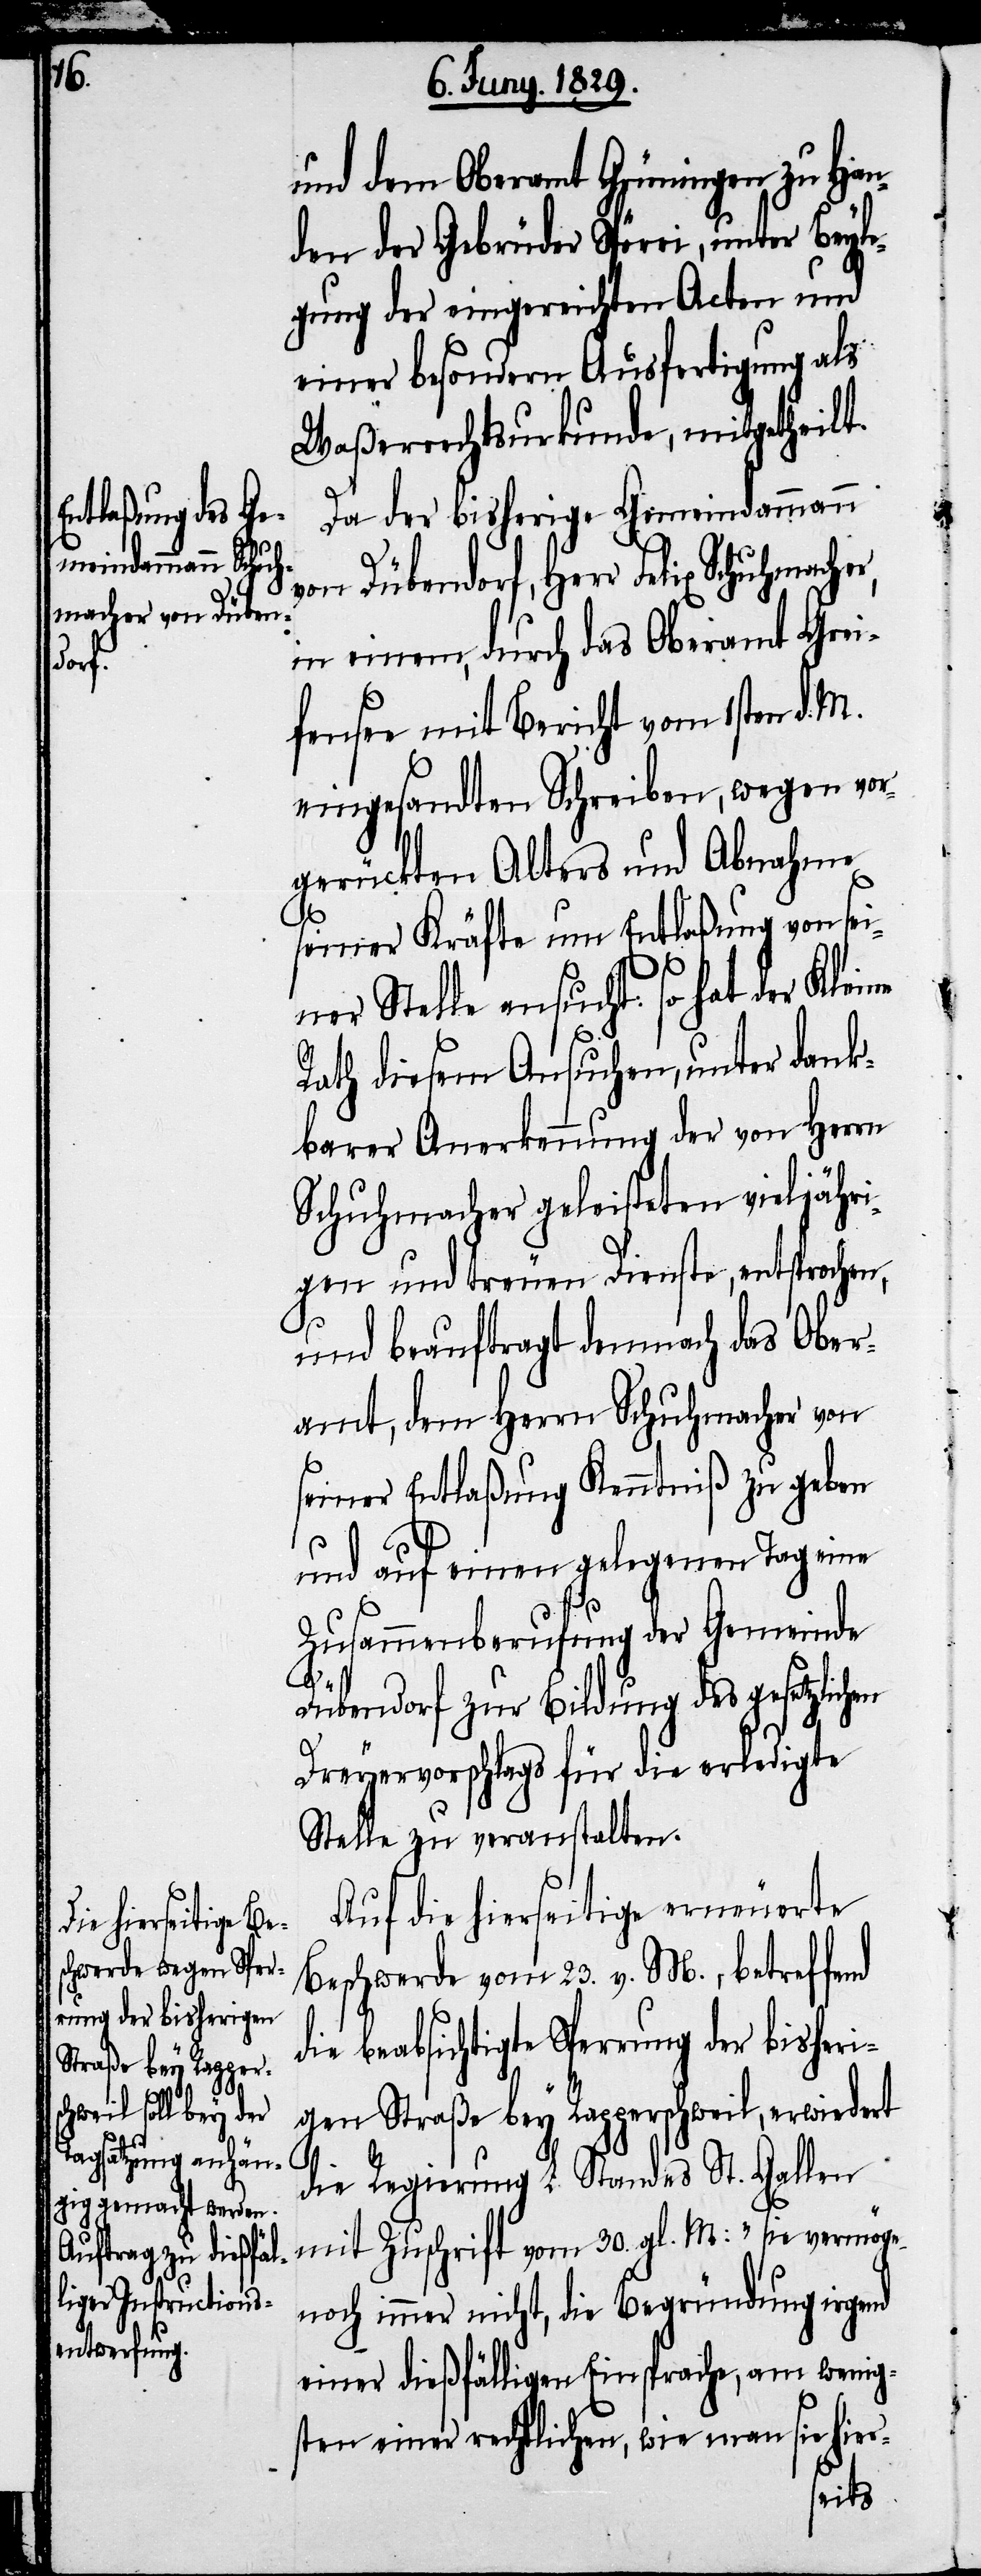
und dem Oberamt Grüningen zu Han¬
den der Gebrüder Spörri, unter Beyle¬
gung der eingereichten Acten und
einer besondern Ausfertigung als
Waßerrechtsurkunde, mitgetheilt.
Da der bisherige Gemeindammann
von Dübendorf, Herr Felix Schuhmac¬
in einem, durch das Oberamt Grei¬
fensee mit Bericht vom 1sten d. M.
eingesandten Schreiben, wegen vor¬
gerückten Alters und Abnahme
seiner Kräfte um Entlaßung von sei¬
ner Stelle ansucht: so hat der Kleine
her,
Rath diesem Ansuchen, unter dank¬
barer Anerkennung der von Herrn
Schuhmacher geleisteten vieljähri¬
gen und treuen Dienste, entsprochen,
und beauftragt demnach das Ober¬
amt, dem Herrn Schuhmacher von
seiner Entlaßung Kenntniß zu geben
und auf einen gelegenen Tag eine
Zusammenberufung der Gemeinde
Dübendorf zur Bildung des gesetzlichen
Dreyervorschlags für die erledigte
Stelle zu veranstalten.
Auf hierseitige erneuerte
Beschwerde vom 23. v. M., betreffend
die beabsichtigte Sperrung der bisheri¬
gen Straße bey Rapperschweil, erwiedert
die Regierung L. Standes St. Gallen
mit Zuschrift vom 30. gl. M: „sie vermöge
noch immer nicht, die Begründung irgend
einer dießfälligen Einsprache, am wenig¬
sten einer rechtlichen, wie man sie hier-